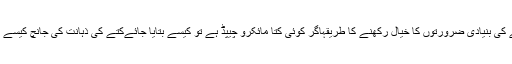
اپنے کتے کی بنیادی ضرورتوں کا خیال رکھنے کا طریقہاگر کوئی کتا مائکرو چیپڈ ہے تو کیسے بتایا جائےکتے کی ذہانت کی جانچ کیسے کی جائے